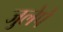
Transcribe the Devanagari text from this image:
जुलेपे